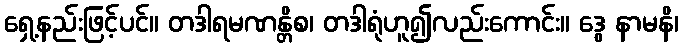
ရှေ့နည်းဖြင့်ပင်။ တဒါရမဏန္တိစ၊ တဒါရုံဟူ၍လည်းကောင်း။ ဒွေ နာမနိ၊